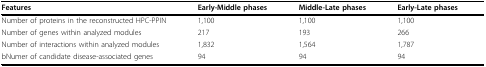
<table><thead><tr><td><b>Features</b></td><td><b>Early-Middle phases</b></td><td><b>Middle-Late phases</b></td><td><b>Early-Late phases</b></td></tr></thead><tbody><tr><td>Number of proteins in the reconstructed HPC-PPIN</td><td>1,100</td><td>1,100</td><td>1,100</td></tr><tr><td>Number of genes within analyzed modules</td><td>217</td><td>193</td><td>266</td></tr><tr><td>Number of interactions within analyzed modules</td><td>1,832</td><td>1,564</td><td>1,787</td></tr><tr><td>bNumer of candidate disease-associated genes</td><td>94</td><td>94</td><td>94</td></tr></tbody></table>